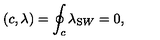
( c , \lambda ) = \oint _ { c } \lambda _ { \mathrm S W } = 0 ,